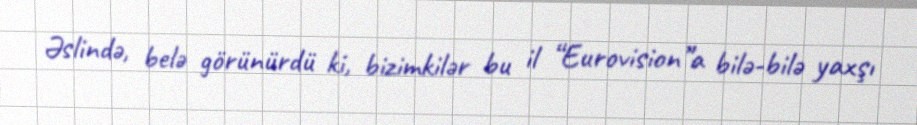
Əslində, belə görünürdü ki, bizimkilər bu il “Eurovision”a bilə-bilə yaxşı